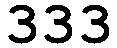
333